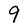
Character: 9